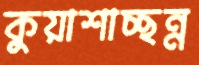
কুয়াশাচ্ছন্ন